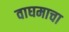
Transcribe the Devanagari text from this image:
वाघमाचा